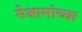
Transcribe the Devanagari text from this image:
मेश्रामांच्या